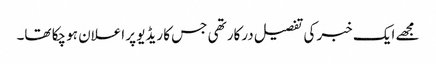
مجھے ایک خبر کی تفصیل درکار تھی جس کا ریڈیو پر اعلان ہو چکا تھا۔